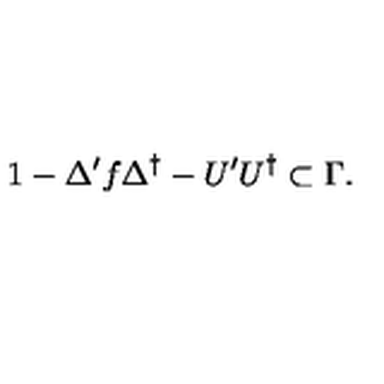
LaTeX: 1 - \Delta ^ { \prime } f \Delta ^ { \dag } - U ^ { \prime } U ^ { \dag } \subset \Gamma .